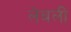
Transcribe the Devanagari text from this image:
लेबली